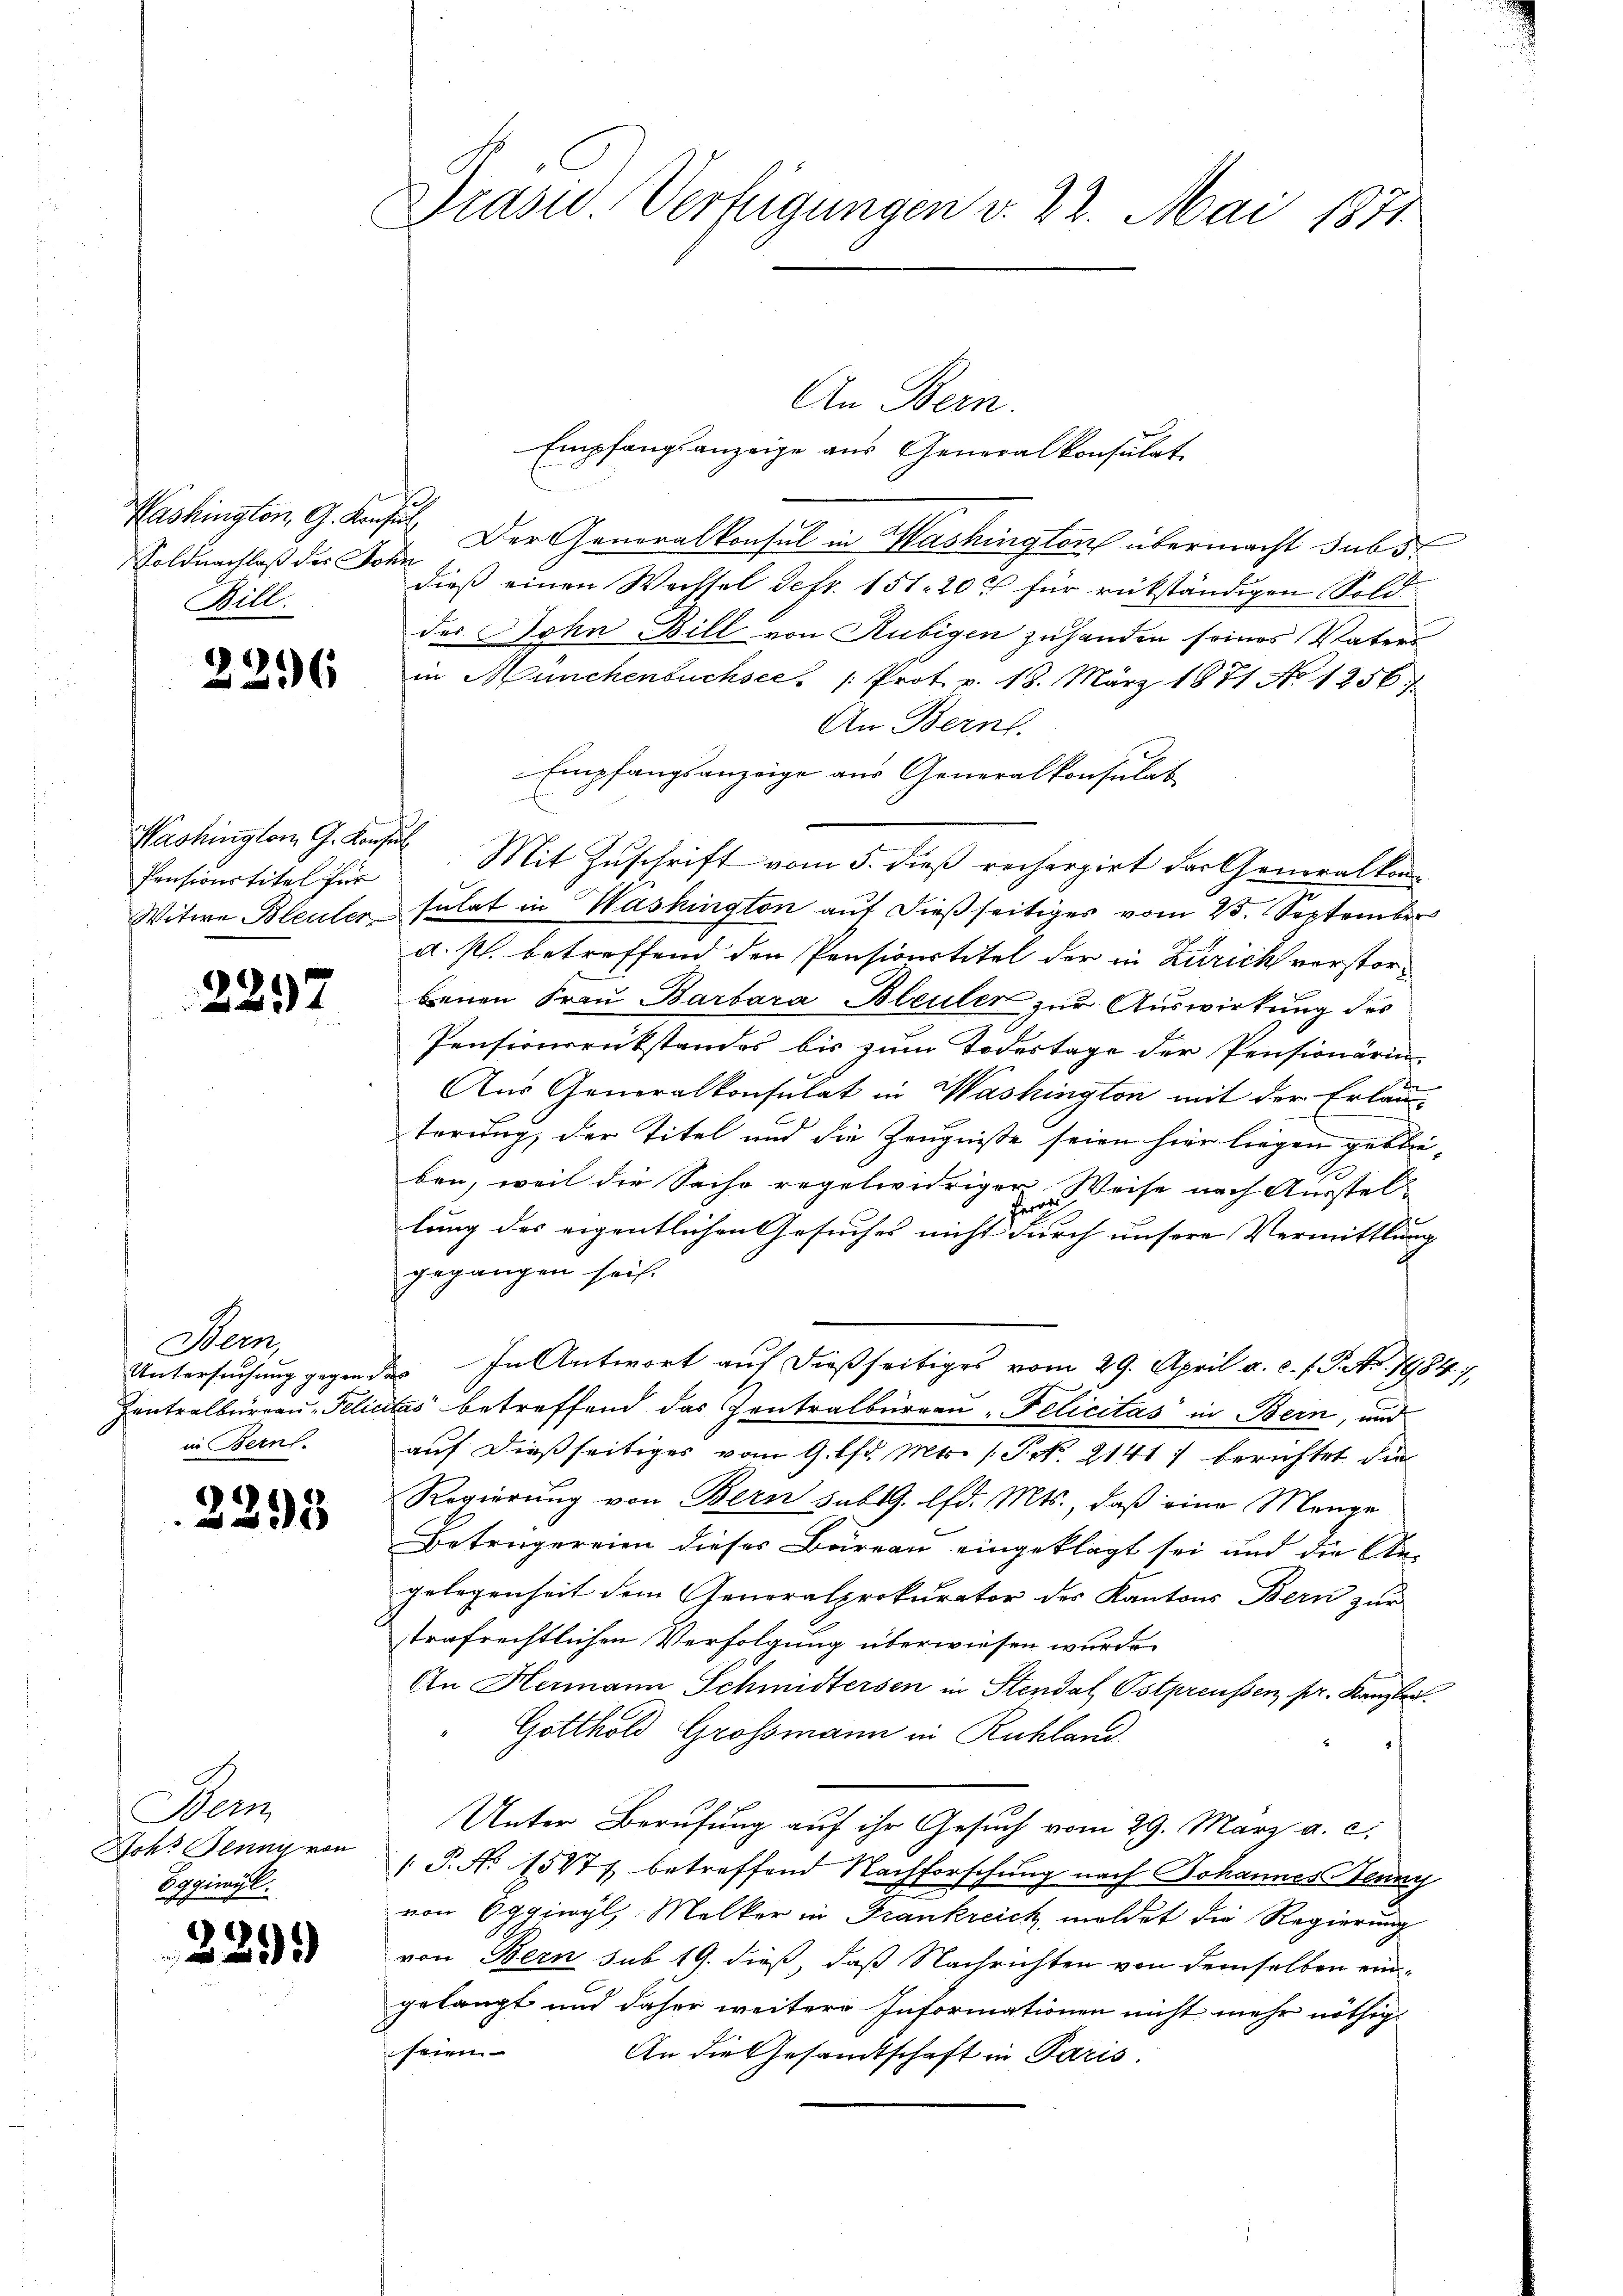
Soldnachlaß der John
Bill

226

Washington G. Konsul
Pensionstitel für

2257

Bern,
in Bern.

2295

Bern
Bohs Flung von
Eggiwyl.

2291)

Präsid. Verfügungen v. 22. Mai 1871

An Bern.
Empfangsanzeige aus Generalkonsulat
Pashington, G. Konsul Der Generalkonsul in Washington übermacht sub 5.
dieß einen Wechsel detr. 151. 20 t für rükständigen Sold
des Sohn Bill von Rubigen zuhanden seines Vaters
in Münchenbuchsee. " Prot. v. 18. März 1871 No 1256.)
An Bern.
Empfangsanzeige aus Generalkonsulat
Mit Zuschrift vom 5. dieß recherzirt der Generalkon¬
Witwe Bleuler sulat in Washington auf dießseitiges vom 25. September
d. s. betreffend den Pensionstitel der in Zürich verstorbenen Frau Barbara Bleuler zur Auswirkung des
Pensionsrükstandes bis zum Todestage der Pensionärin-
Aus Generalkonsulat in Washington mit der Erläu-
terung, der Titel und die Zeugniße seien hier liegen geblie-
ben, weil die Sache regelwidriger Weise nach Ausstele
lung des eigentlichen Gesuches nicht durch unsere Vermittlung |
gegangen sei.
Untersuchung gegen das In Antwort auf dießseitiges vom 29. April a. c. l. J. Ao. 17984),
Zentralbureau - Felictas betreffend das Zentralburren Felicitas in Bern, und
auf dießseitiges vom 9. lfd. Mts. (Frk. 2141) berichtet die
Regierung von Bern subt G. lfd. Mts., daß eine Menge
Betrügereien dieses Bureau eingeklagt sei und die Angelegenheit dem Generalprokurator des Kantons Bern zur
trafrechtlichen Verfolgung überwiesen wurde.
An Hermann Schmidtersen in Stendal Ostpreussen pr. Kanzlei.
Gotthold Grossmann in Ruhland
Unter Berufung auf ihr Gesuch vom 29. März a. c.
 P. No 15477 betreffend Nachforschung nach Johannes Henny
von Oggiwyl, Melker in Frankreich meldet die Regierung
von Bern sub 19. dieß, daß Nachrichten von demselben eingelangt und daher weitere Informationen nicht mehr nöthig
seien
An die Gesandtschaft in Paris.